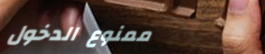
ممنوع الدخول